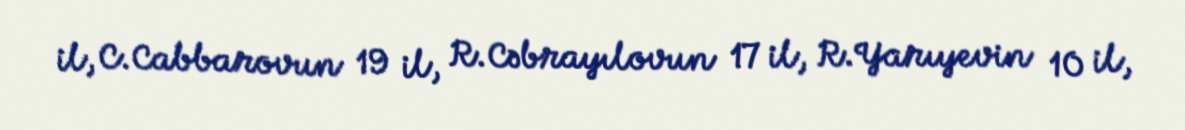
il, C.Cabbarovun 19 il, R.Cəbrayılovun 17 il, R.Yarıyevin 10 il,